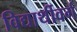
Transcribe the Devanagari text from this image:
विद्यार्थीवर्ग